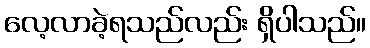
လေ့လာခဲ့ရသည်လည်း ရှိပါသည်။